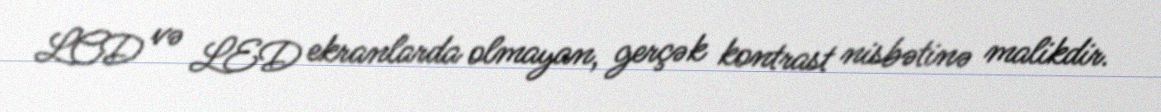
LCD və LED ekranlarda olmayan, gerçək kontrast nisbətinə malikdir.